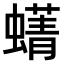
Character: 𫋛